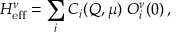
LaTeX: H _ { \mathrm { e f f } } ^ { \nu } = \sum _ { i } C _ { i } ( Q , \mu ) \; O _ { i } ^ { \nu } ( 0 ) \, ,